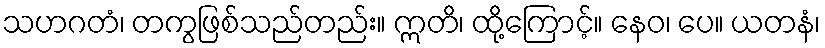
သဟဂတံ၊ တကွဖြစ်သည်တည်း။ ဣတိ၊ ထို့ကြောင့်။ နေဝ၊ ပေ။ ယတနံ၊